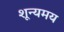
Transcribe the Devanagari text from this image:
शून्यमय